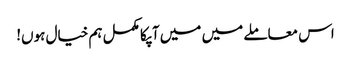
اس معاملے میں میں آپکا مکمل ہم خیال ہوں!